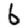
Digit: 6